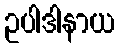
ဥပါဒါနာယ